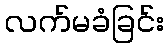
လက်မခံခြင်း